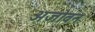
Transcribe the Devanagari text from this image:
अजोवन